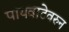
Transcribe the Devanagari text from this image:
पायवाटेवरुन